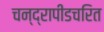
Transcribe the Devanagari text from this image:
चन्द्रापीडचरित